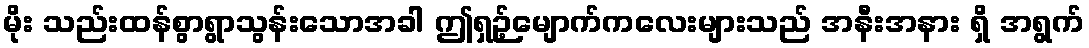
မိုး သည်းထန်စွာရွာသွန်းသောအခါ ဤရှဉ့်မျောက်ကလေးများသည် အနီးအနား ရှိ အရွက်